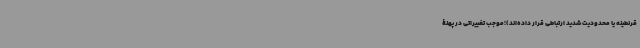
قرنطینه یا محدودیت شدید ارتباطی قرار داده‌اند)؛موجب تغییراتی در پهنۀ